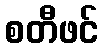
စတီဖင်